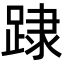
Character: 䠈